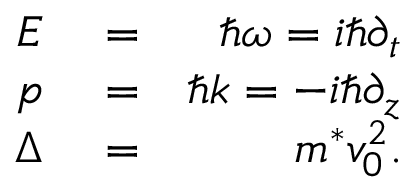
\begin{array} { r l r } { E } & { { } = } & { \hbar \omega = i \hbar \partial _ { t } } \\ { p } & { { } = } & { \hbar k = - i \hbar \partial _ { z } } \\ { \Delta } & { { } = } & { m ^ { * } v _ { 0 } ^ { 2 } . } \end{array}